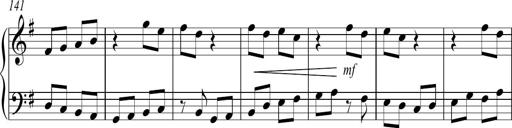
Title: Sonatina no. 2
Composer: Brian Henderson-Sellers
Key: G major